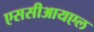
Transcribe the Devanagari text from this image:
एससीआयएल